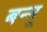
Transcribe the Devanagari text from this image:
बन्‍नू